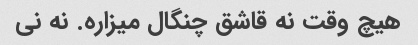
هیچ وقت نه قاشق چنگال میزاره. نه نی